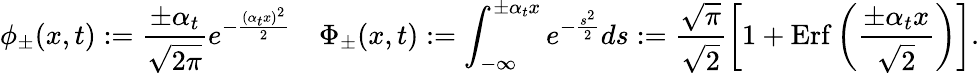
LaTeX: \phi_{\pm}(x,t):=\frac{\pm\alpha_{t}}{\sqrt{2\pi}}e^{-\frac{(\alpha_{t}x)^{2}}{2}}\quad\Phi_{\pm}(x,t):=\int_{-\infty}^{\pm\alpha_{t}x}e^{-\frac{s^{2}}{2}}ds:=\frac{\sqrt{\pi}}{\sqrt{2}}\left[1+\mathrm{Erf}\left(\frac{\pm\alpha_{t}x}{\sqrt{2}}\right)\right].